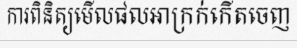
ការពិនិត្យមើលផលអាក្រក់កើតចេញ